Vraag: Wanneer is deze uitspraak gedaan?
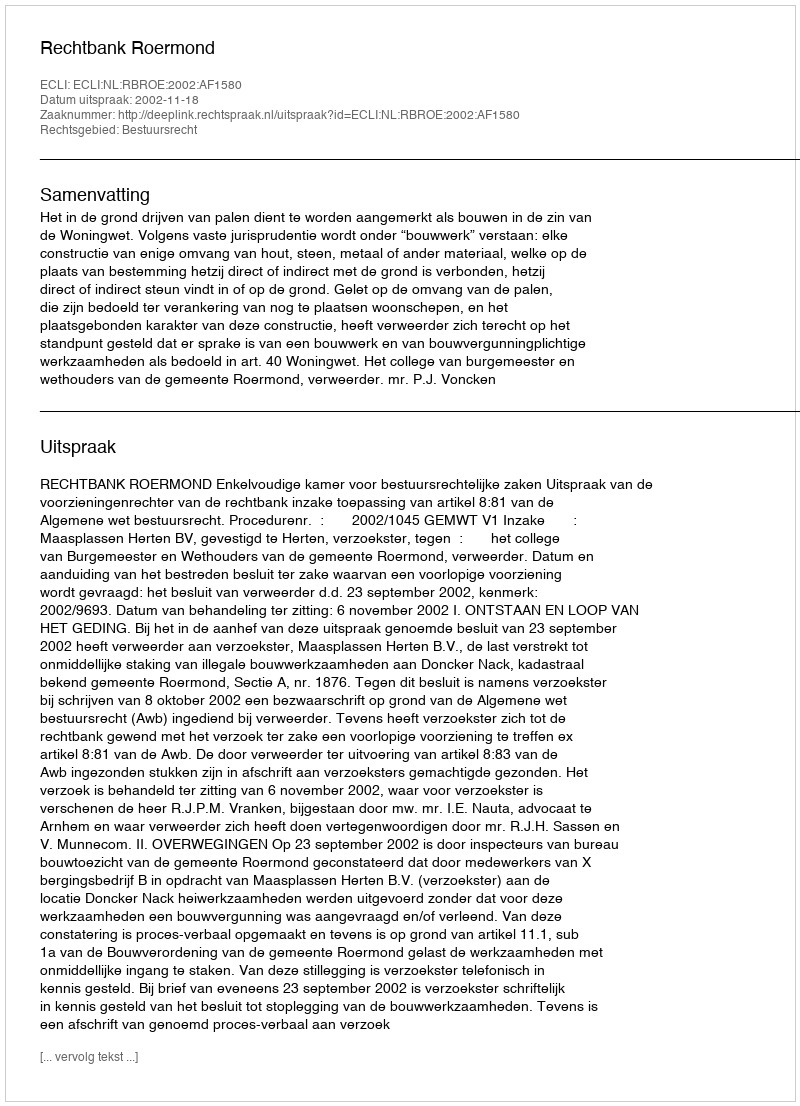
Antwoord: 2002-11-18